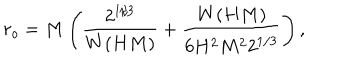
LaTeX: r _ { o } = M \left( \frac { 2 ^ { 1 / 3 } } { W ( H M ) } + \frac { W ( H M ) } { 6 H ^ { 2 } M ^ { 2 } 2 ^ { 1 / 3 } } \right) ,